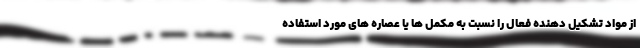
از مواد تشکیل دهنده فعال را نسبت به مکمل ها یا عصاره های مورد استفاده